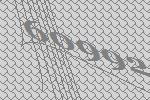
60992